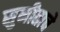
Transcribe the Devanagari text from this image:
सुनीताचे